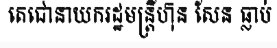
តេជោនាយករដ្ឋមន្ត្រីហ៊ុន សែន ធ្លាប់